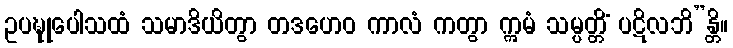
ဥပဍ္ဎုပေါသထံ သမာဒိယိတွာ တဒဟေဝ ကာလံ ကတွာ ဣမံ သမ္ပတ္တိံ ပဋိလဘိ”န္တိ။